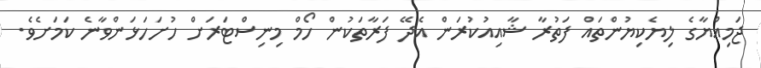
ޖަމިއްޔާގެ ލިޔެކިޔުންތައް ފަތުރާ ޝާއިއުކުރަން އެދޭ ފަރާތަކުން ހޯމް މިނިސްޓަރަށް ހުށަހަޅަންވާނެ ކަމަށެވެ.